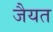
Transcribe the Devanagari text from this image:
जैयत